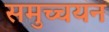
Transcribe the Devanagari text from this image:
समुच्चयन